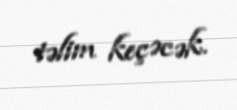
təlim keçəcək.